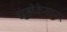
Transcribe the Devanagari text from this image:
चंडीकेस्वरर